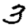
Digit: 3